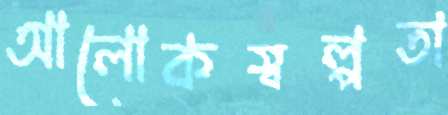
আলোকস্বল্পতা